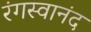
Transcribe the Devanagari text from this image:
रंगस्वानंद